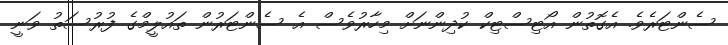
ސެންޓަރެވެ. އެގޮތުން އޯޓިސްޓިކް ކުދިންނަށް މިހާރުވެސް އެ ސެންޓަރުން ތައުލީމްގެ ފުރުސަތު ވަނީ